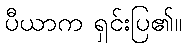
ပီယာက ရှင်းပြ၏။